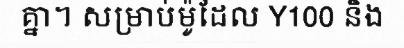
គ្នា។ សម្រាប់ម៉ូដែល Y100 និង